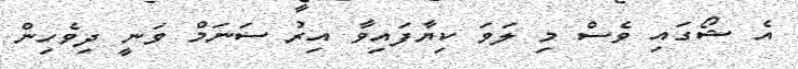
އެ ޝޯގައި ވެސް މި ލަވަ ކިޔާފައިވާ އިރު ސަނަމް ވަނީ ދިވެހިން